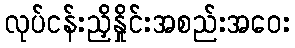
လုပ်ငန်းညှိနှိုင်းအစည်းအဝေး